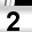
Digit: 2